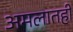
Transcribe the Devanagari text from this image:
अमलातही